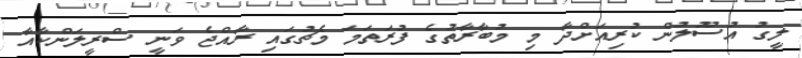
ލީގު އުސޫލުން ކުރިއަށްދާ މި މުބާރާތުގެ ފުރަތަމަ މެޗުގައި ރާއްޖެ ވަނީ ސްރީލަންކާއާ